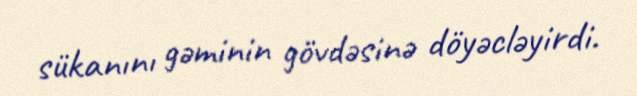
sükanını gəminin gövdəsinə döyəcləyirdi.